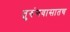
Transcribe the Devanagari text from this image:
तुरुंगवासातच